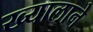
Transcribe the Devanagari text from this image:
ख्यालाने